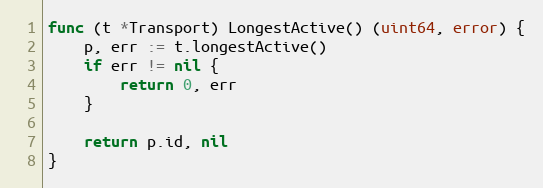
Language: Go
func (t *Transport) LongestActive() (uint64, error) {
	p, err := t.longestActive()
	if err != nil {
		return 0, err
	}

	return p.id, nil
}